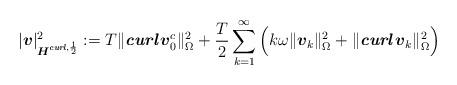
LaTeX: \begin{align*} |\boldsymbol{v}|_{\boldsymbol{H}^{\emph{\textbf{curl}},\frac{1}{2}}}^2 := T\|\emph{\textbf{curl}} \, \boldsymbol{v}_0^c\|_{\Omega}^2 + \frac{T}{2} \sum_{k=1}^{\infty} \Big( k\omega \|\boldsymbol{v}_k\|_{\Omega}^2 + \|\emph{\textbf{curl}} \, \boldsymbol{v}_k\|_{\Omega}^2 \Big) \end{align*}